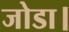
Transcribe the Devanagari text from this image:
जोडा।